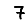
Digit: 7